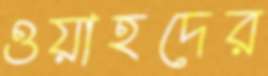
ওয়াহদের